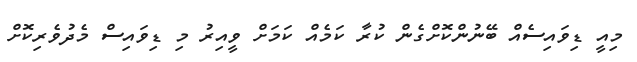
މިއީ ޑިވައިސެއް ބޭނުންކޮށްގެން ކުރާ ކަމެއް ކަމަށް ވީއިރު މި ޑިވައިސް މެދުވެރިކޮށް